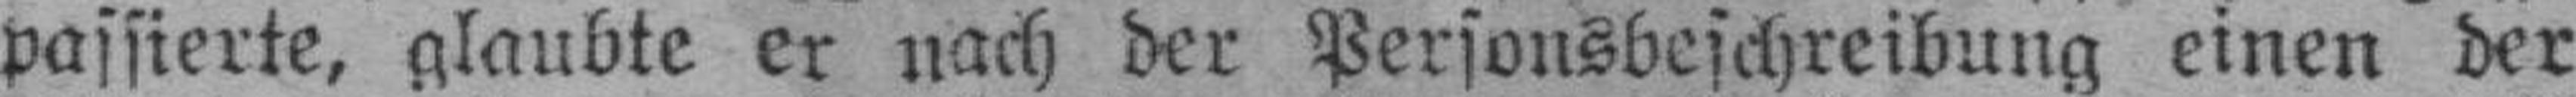
passierte, glaubte er nach der Personsbeschreibung einen der